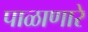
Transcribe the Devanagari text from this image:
पाळाणारे